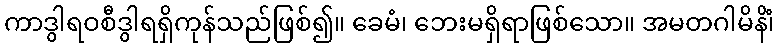
ကာဒွါရဝစီဒွါရရှိကုန်သည်ဖြစ်၍။ ခေမံ၊ ဘေးမရှိရာဖြစ်သော။ အမတဂါမိနိံ၊